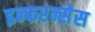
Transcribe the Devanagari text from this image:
इन्फरन्सेस